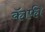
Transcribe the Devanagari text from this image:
कॅाफी